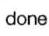
done